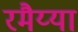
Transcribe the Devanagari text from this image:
रमैय्या